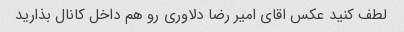
لطف کنید عکس اقای امیر رضا دلاوری رو هم داخل کانال بذارید